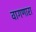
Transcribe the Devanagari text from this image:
वागणारा